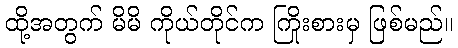
ထို့အတွက် မိမိ ကိုယ်တိုင်က ကြိုးစားမှ ဖြစ်မည်။